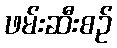
ဖမ်းဆီးစဉ်